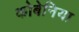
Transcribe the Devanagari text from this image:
कोबेनिया